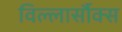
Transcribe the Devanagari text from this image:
विल्लार्सौक्स